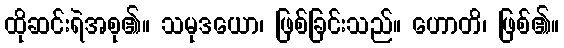
ထိုဆင်းရဲအစု၏။ သမုဒယော၊ ဖြစ်ခြင်းသည်။ ဟောတိ၊ ဖြစ်၏။